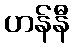
ဟန်နီ